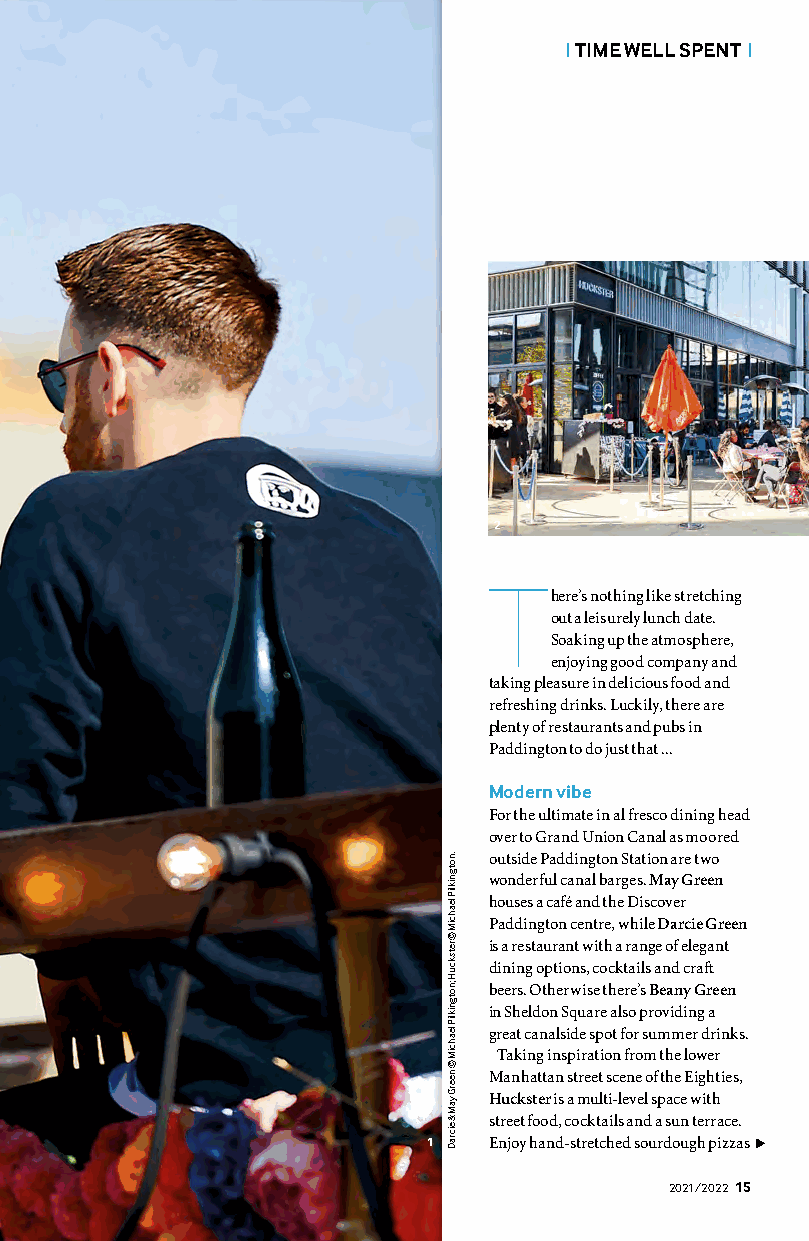
| TIME WELL SPENT |
 2
 There’s nothing like stretching
 out a leisurely lunch date.
 Soaking up the atmosphere,
 enjoying good company and
 taking pleasure in delicious food and
 refreshing drinks. Luckily, there are
 plenty of restaurants and pubs in
 Paddington to do just that ...
 Modern vibe
 For the ultimate in al fresco dining head
 over to Grand Union Canal as moored
 outside Paddington Station are two
 wonderful canal barges. May Green
 houses a café and the Discover
 Paddington centre, while Darcie Green
 is a restaurant with a range of elegant
 dining options, cocktails and craft
 beers. Otherwise there’s Beany Green
 in Sheldon Square also providing a
 great canalside spot for summer drinks.
 Taking inspiration from the lower
 Manhattan street scene of the Eighties,
 Huckster is a multi-level space with
 street food, cocktails and a sun terrace.
 1    Enjoy hand-stretched sourdough pizzas
 2021/2022 1155
 .notgnikliP
 leahciM
 ©
 retskcuH
 ;notgnikliP
 leahciM
 ©
 neerG
 yaM
 &
 eicraD